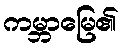
ကမ္ဘာမြေ၏